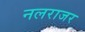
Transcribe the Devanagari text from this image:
नलराजर